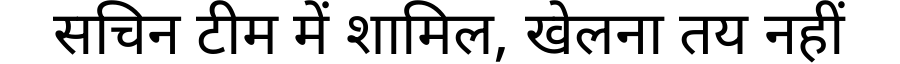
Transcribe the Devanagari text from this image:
सचिन टीम में शामिल, खेलना तय नहीं